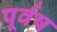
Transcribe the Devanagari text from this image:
पूर्वष